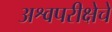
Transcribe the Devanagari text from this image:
अश्वपरीक्षेचे